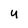
Character: u